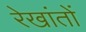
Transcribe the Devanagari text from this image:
रेखांतों